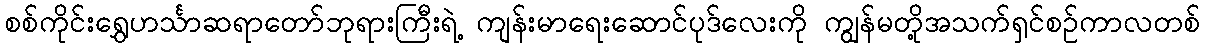
စစ်ကိုင်းရွှေဟင်္သာဆရာတော်ဘုရားကြီးရဲ့ ကျန်းမာရေးဆောင်ပုဒ်လေးကို ကျွန်မတို့အသက်ရှင်စဉ်ကာလတစ်